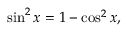
\sin ^ { 2 } x = 1 - \cos ^ { 2 } x ,